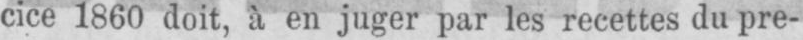
cice 1860 doit, à en juger par les recettes du pre-